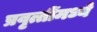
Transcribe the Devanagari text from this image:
प्रवृत्तींमध्ये